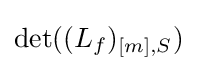
\det((L_{f})_{[m],S})